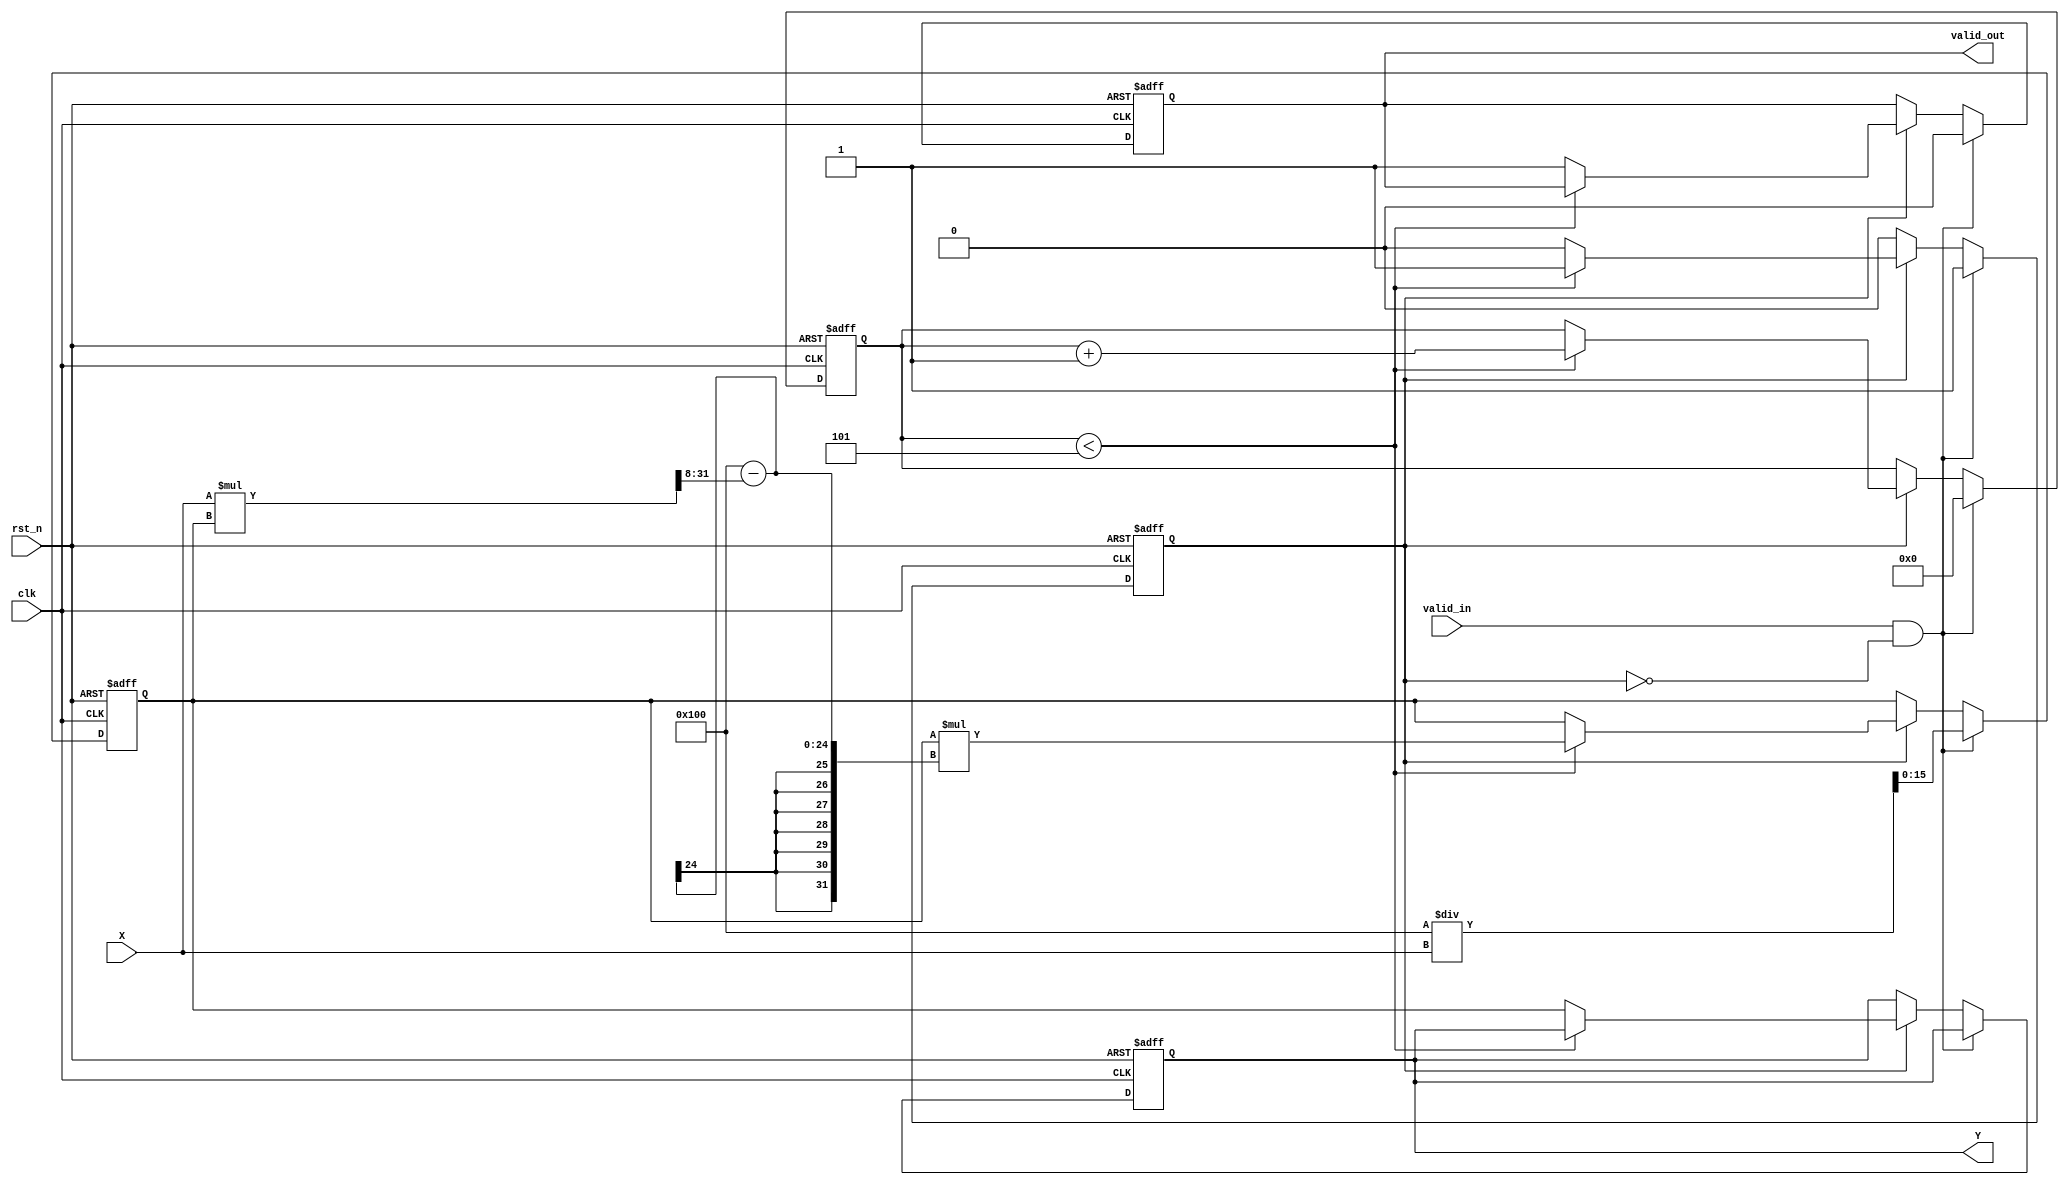
module fixed_point_reciprocal #(
    parameter N = 16,          // Bit-width of input X
    parameter M = 16,          // Bit-width of output Y
    parameter FRACTIONAL_BITS = 8, // Number of fractional bits
    parameter MAX_ITERATIONS = 5 // Maximum iterations for convergence
)(
    input wire clk,
    input wire rst_n,
    input wire valid_in,
    input wire [N-1:0] X,      // Input fixed-point number
    output reg [M-1:0] Y,      // Output fixed-point reciprocal
    output reg valid_out        // Output valid signal
);

    reg [M-1:0] estimate;       // Current estimate of the reciprocal
    reg [M-1:0] next_estimate;  // Next estimate of the reciprocal
    reg [3:0] iteration_count;   // Iteration counter
    reg computing;               // Flag to indicate computation in progress

    // Initial guess for the reciprocal
    function [M-1:0] initial_guess(input [N-1:0] x);
        begin
            // Simple initial guess: 1 / X (scaled)
            initial_guess = (1 << (M - FRACTIONAL_BITS)) / x; // Scale to M bits
        end
    endfunction

    always @(posedge clk or negedge rst_n) begin
        if (!rst_n) begin
            Y <= 0;
            valid_out <= 0;
            estimate <= 0;
            iteration_count <= 0;
            computing <= 0;
        end else begin
            if (valid_in && !computing) begin
                // Start computation
                estimate <= initial_guess(X);
                iteration_count <= 0;
                computing <= 1;
                valid_out <= 0;
            end else if (computing) begin
                if (iteration_count < MAX_ITERATIONS) begin
                    // Newton-Raphson iteration: estimate = estimate * (2 - X * estimate)
                    next_estimate = estimate * ((1 << FRACTIONAL_BITS) - (X * estimate >> FRACTIONAL_BITS));
                    estimate <= next_estimate;
                    iteration_count <= iteration_count + 1;
                end else begin
                    // Finished computation
                    Y <= estimate;
                    valid_out <= 1;
                    computing <= 0;
                end
            end
        end
    end
endmodule